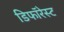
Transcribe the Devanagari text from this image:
डिफॉरेस्ट